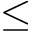
\le